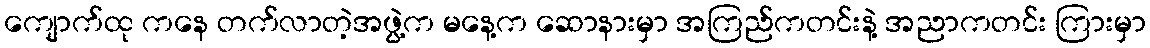
ကျောက်ထု ကနေ တက်လာတဲ့အဖွဲ့က မနေ့က ဆောနားမှာ အကြည်ကတင်းနဲ့ အညာကတင်း ကြားမှာ